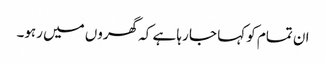
ان تمام کو کہا جا رہا ہے کہ گھروں میں رہو۔